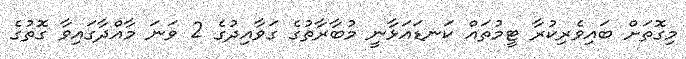
މިގޮތަށް ބައިވެރިކުރާ ޓީމުތައް ކަނޑައަޅާނީ މުބާރާތުގެ ގަވާއިދުގެ 2 ވަނަ މާއްދާގައިވާ ގޮތުގެ